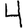
Digit: 4